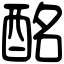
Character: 酩